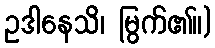
ဥဒါနေသိ၊ မြွက်၏။)